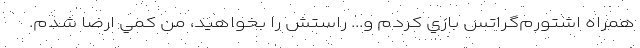
همراه اشتورم‌گراتس بازي كردم و... راستش را بخواهيد، من كمي ارضا شدم.